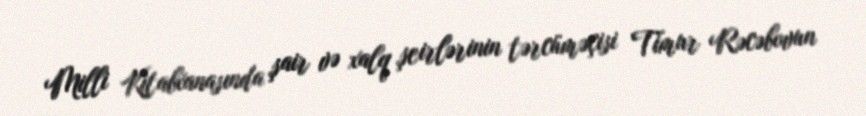
Milli Kitabxanasında şair və xalq şeirlərinin tərcüməçisi Timur Rəcəbovun